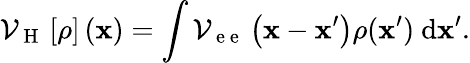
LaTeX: {\mathcal{V}}_{\mathrm{~H~}}\left[\rho\right]\left({\mathbf x}\right)=\int{\mathcal{V}_{\mathrm{~e~e~}}\left({\mathbf x}-{\mathbf x}^{\prime}\right)\rho({\mathbf x}^{\prime})\ \mathrm{d}{\mathbf x}^{\prime}}.